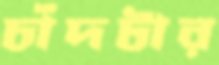
চাঁদটার